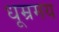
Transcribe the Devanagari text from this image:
धूम्रमय